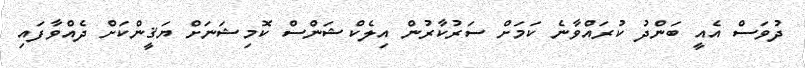
ދުވަސް އެއީ ބަންދު ކުރައްވާނެ ކަމަށް ސަރުކާރުން އިލެކްޝަންސް ކޮމިޝަނަށް ޔަޤީންކަށް ދެއްވާފައި